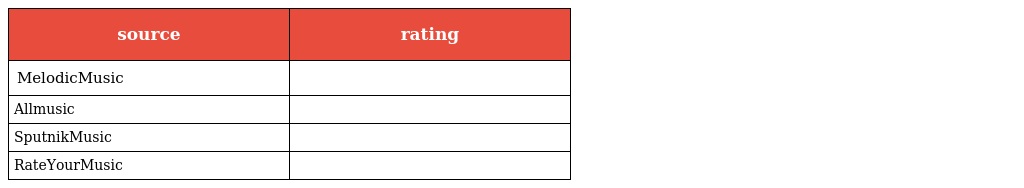
| source | rating |
 | --- | --- |
 | MelodicMusic |  |
 | Allmusic |  |
 | SputnikMusic |  |
 | RateYourMusic |  |